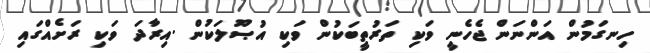
ހިނގަމުން އަންނަން ޖެހެނީ ވަކި ތަރުތީބަކުން ވަކި އުޞޫލަކުން .އިރާދަ ވަކި ރަށެއްގައި